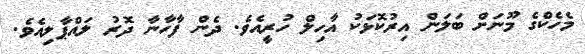
މެހެކްގެ މޫނަށް ބަލަން އިރުކޮޅަކު އާހިލް ހުރީއެވެ. ދެން ފާހާނާ ދޮރު ލައްޕާލިއެވެ.